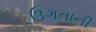
ઉગતાની